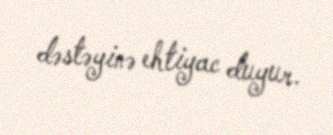
dəstəyinə ehtiyac duyur.